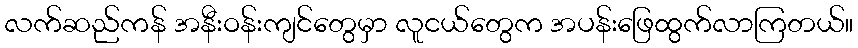
လက်ဆည်ကန် အနီးဝန်းကျင်တွေမှာ လူငယ်တွေက အပန်းဖြေထွက်လာကြတယ်။